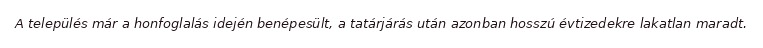
A település már a honfoglalás idején benépesült, a tatárjárás után azonban hosszú évtizedekre lakatlan maradt.